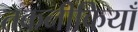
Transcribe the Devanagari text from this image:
तकनीकियाँ